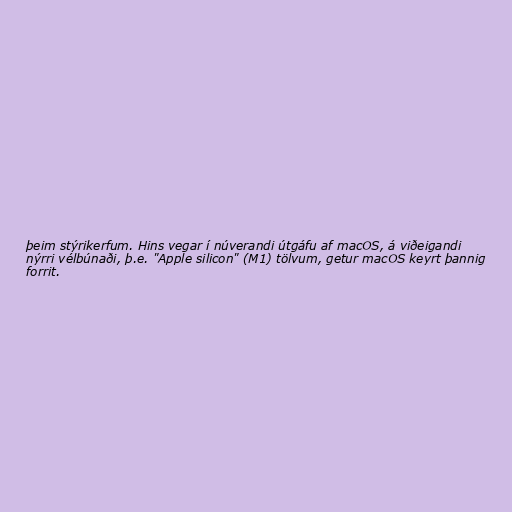
þeim stýrikerfum. Hins vegar í núverandi útgáfu af macOS, á viðeigandi
nýrri vélbúnaði, þ.e. "Apple silicon" (M1) tölvum, getur macOS keyrt þannig
forrit.